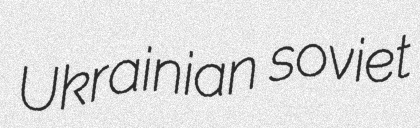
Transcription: Ukrainian soviet